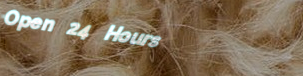
Open 24 Hours